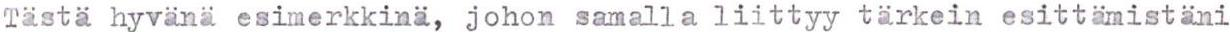
Tästä hyvänä esimerkkinä, johon samalla liittyy tärkein esittämistäni